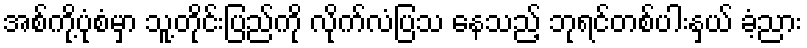
အစ်ကို့ပုံစံမှာ သူ့တိုင်းပြည်ကို လိုက်လံပြသ နေသည့် ဘုရင်တစ်ပါးနှယ် ခံ့ညား